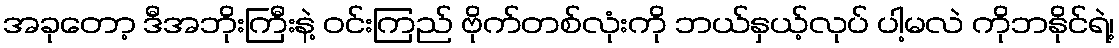
အခုတော့ ဒီအဘိုးကြီးနဲ့ ဝင်းကြည် ဗိုက်တစ်လုံးကို ဘယ်နှယ့်လုပ် ပါ့မလဲ ကိုဘနိုင်ရဲ့၊